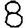
Digit: 8